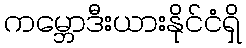
ကမ္ဘောဒီးယားနိုင်ငံရှိ